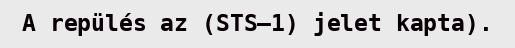
A repülés az (STS–1) jelet kapta).